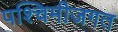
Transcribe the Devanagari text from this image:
पश्चिमीजगत